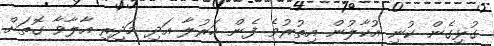
ގުޅިގެން ކުނި އުކާލުން އިތުރުވެ ފެން ހަރުލާ އަދި މަދިރި އާލާވާ ގޮތަށް